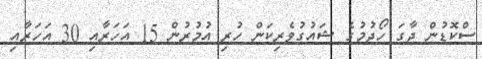
ސްކޮޑުން ޖާގަ ހޯދުމުގެ ޝައުގުވެރިކަން ހުރި އުމުރުން 15 އަހަރާއި 30 އަހަރާއި